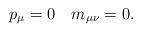
LaTeX: \begin{align*}p_\mu = 0 \quad m_{\mu\nu} = 0 .\end{align*}